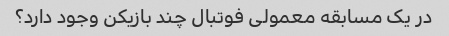
در یک مسابقه معمولی فوتبال چند بازیکن وجود دارد؟